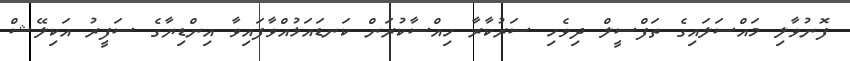
ފޮނުވާލި މައްސަލައިގެ ތަފްސީލް ދިވެހި ސަރުކާރާ ހިއްސާކުރަން ކަނޑައަޅުއްވާފައިވާ އިންޑިޔާގެ ސަފީރު އަކިލޭޝް